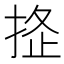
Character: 𢭌